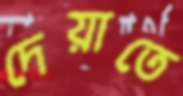
দেয়াতে